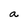
Character: a